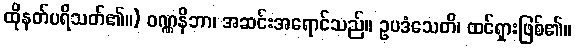
ထိုနတ်ပရိသတ်၏။) ဝဏ္ဏနိဘာ၊ အဆင်းအရောင်သည်။ ဥပဒံသေတိ၊ ထင်ရှားဖြစ်၏။